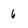
Character: 6